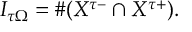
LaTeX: I _ { \tau \Omega } = \# ( X ^ { \tau - } \cap X ^ { \tau + } ) .